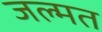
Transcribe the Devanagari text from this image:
जल्मत